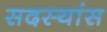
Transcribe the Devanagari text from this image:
सदस्यांस